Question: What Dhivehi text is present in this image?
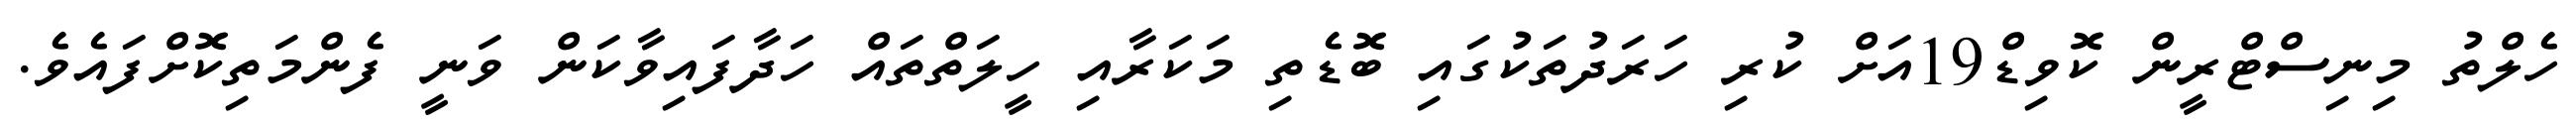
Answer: ހެލްތު މިނިސްޓްރީން ކޮވިޑް19އަށް ކުރި ހަރަދުތަކުގައި ބޮޑެތި މަކަރާއި ހީލަތްތައް ހަދާފައިވާކަން ވަނީ ފެންމަތިކޮށްފައެވެ.